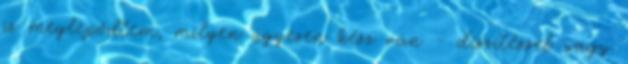
is meglepődtem, milyen ügyesen kész van - díszítéssel vagy